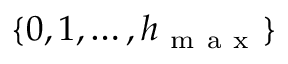
\{ 0 , 1 , \dots , h _ { \mathrm { ~ m ~ a ~ x ~ } } \}